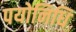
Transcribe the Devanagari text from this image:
पयोनिधि